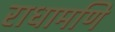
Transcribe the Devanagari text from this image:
राधामणि